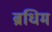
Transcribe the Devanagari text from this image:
ब्रधिम